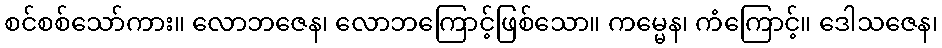
စင်စစ်သော်ကား။ လောဘဇေန၊ လောဘကြောင့်ဖြစ်သော။ ကမ္မေန၊ ကံကြောင့်။ ဒေါသဇေန၊